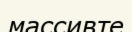
массивте